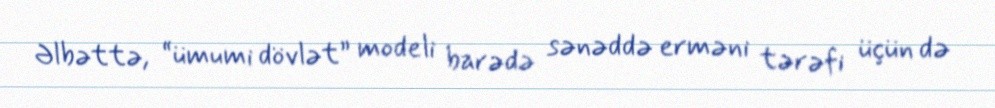
Əlbəttə, “ümumi dövlət” modeli barədə sənəddə erməni tərəfi üçün də